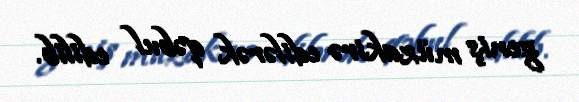
geniş müzakirə edilərək qəbul edilib.